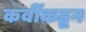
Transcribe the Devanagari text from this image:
कवींकडून